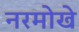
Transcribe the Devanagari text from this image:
नरमोखे